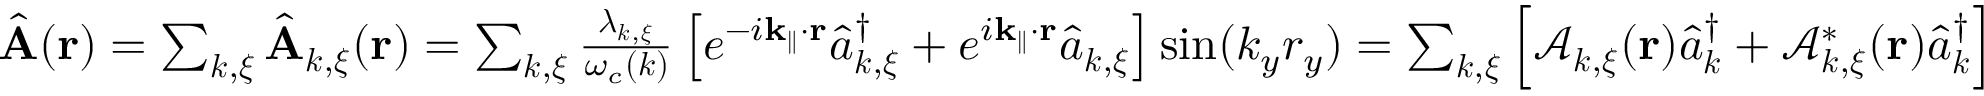
\begin{array} { r l } & { \hat { \bf A } ( { \bf r } ) = \sum _ { { \boldsymbol k } , { \boldsymbol \xi } } \hat { \bf A } _ { { \boldsymbol k } , { \boldsymbol \xi } } ( { \bf r } ) = \sum _ { { \boldsymbol k } , { \boldsymbol \xi } } \frac { { \boldsymbol \lambda } _ { { \boldsymbol k } , { \boldsymbol \xi } } } { \omega _ { c } ( { \boldsymbol k } ) } \left[ e ^ { - i { \bf k _ { \parallel } } \cdot { \bf r } } \hat { a } _ { { \boldsymbol k } , { \boldsymbol \xi } } ^ { \dagger } + e ^ { i { \bf k _ { \parallel } } \cdot { \bf r } } \hat { a } _ { { \boldsymbol k } , { \boldsymbol \xi } } \right] \sin ( { k _ { y } } { r _ { y } } ) = \sum _ { { \boldsymbol k } , { \boldsymbol \xi } } \Big [ \mathcal { A } _ { { \boldsymbol k } , { \boldsymbol \xi } } ( { \bf r } ) \hat { a } _ { { \boldsymbol k } } ^ { \dagger } + \mathcal { A } _ { { \boldsymbol k } , { \boldsymbol \xi } } ^ { * } ( { \bf r } ) \hat { a } _ { { \boldsymbol k } } ^ { \dagger } \Big ] } \end{array}